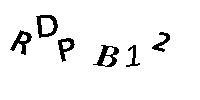
RDPB12